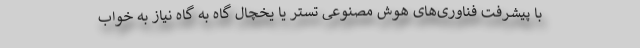
با پیشرفت فناوری‌های هوش مصنوعی تستر یا یخچال گاه به گاه نیاز به خواب